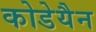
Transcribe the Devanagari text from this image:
कोडेयैन